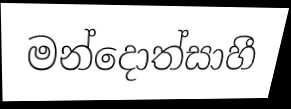
මන්දොත්සාහී